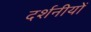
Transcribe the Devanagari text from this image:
दर्शनीयों